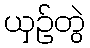
ယှဉ်တွဲ